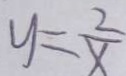
y = \frac { 2 } { x }